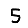
Digit: 5